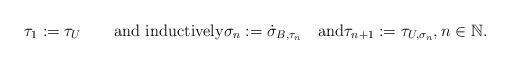
\begin{align*}\tau_{1}:=\tau_{U}\qquad\textrm{and inductively}\sigma_{n}:=\dot{\sigma}_{B,\tau_{n}}\quad\textrm{and}\tau_{n+1}:=\tau_{U,\sigma_{n}},n\in\mathbb{N}.\end{align*}